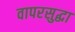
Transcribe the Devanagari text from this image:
वापरसुद्घा